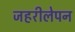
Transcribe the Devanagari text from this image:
जहरीलेपन